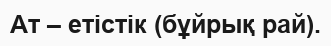
Ат – етістік (бұйрық рай).